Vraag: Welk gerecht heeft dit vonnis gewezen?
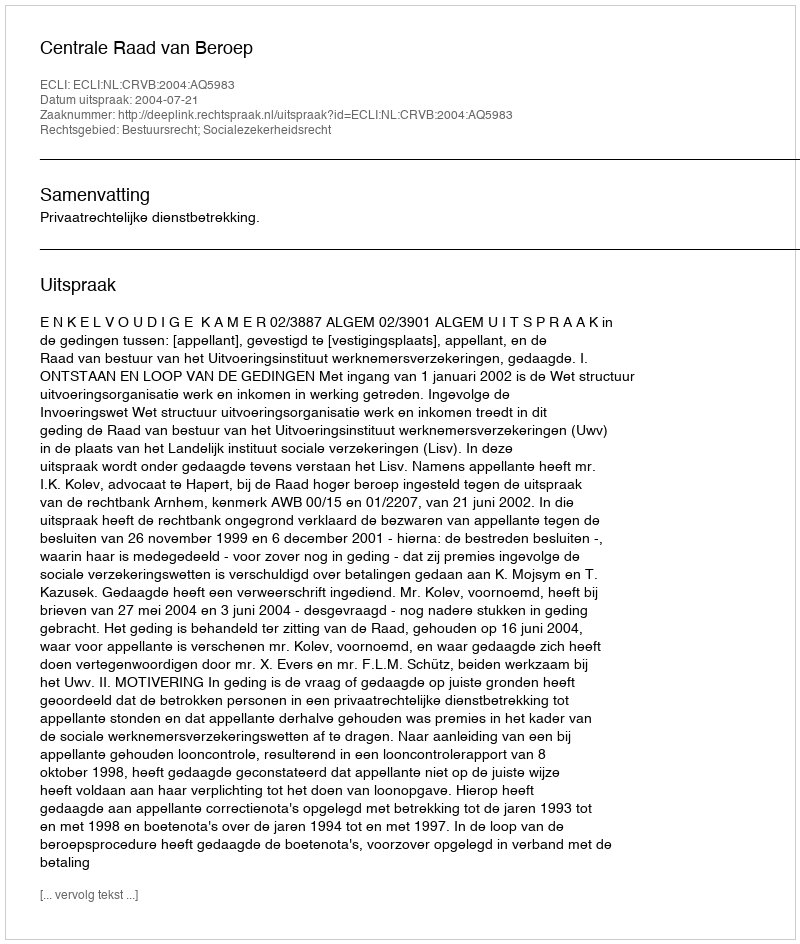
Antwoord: Centrale Raad van Beroep